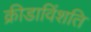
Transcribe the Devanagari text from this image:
क्रीडाविंशति